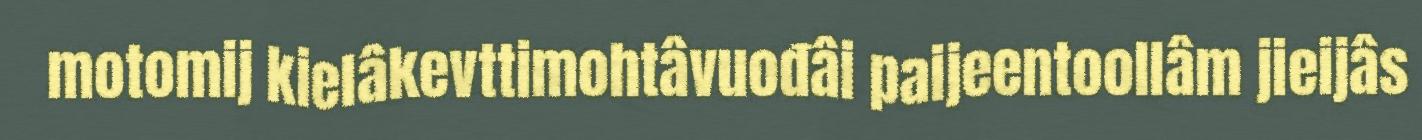
motomij kielâkevttimohtâvuođâi paijeentoollâm jieijâs